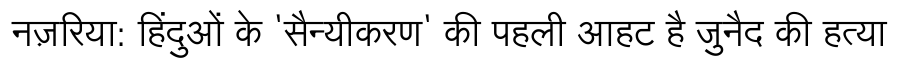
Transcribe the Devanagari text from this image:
नज़रिया: हिंदुओं के 'सैन्यीकरण' की पहली आहट है जुनैद की हत्या